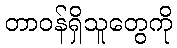
တာဝန်ရှိသူတွေကို